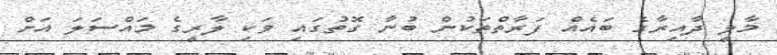
މާލީ ދާއިރާގެ ބައެއް ފަރާތްތަކުން ބުނާ ގޮތުގައި ވަކި ލާރީގެ މައްސަލަ އަށް